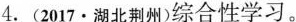
4.(2017·湖北荆州)综合性学习。